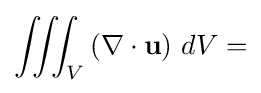
\iiint _{V}\left(\mathbf {\nabla } \cdot \mathbf {u} \right)\,dV=